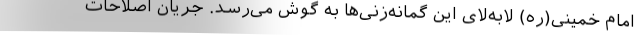
امام خمینی(ره) لابه‌لای این گمانه‌زنی‌ها به گوش می‌رسد. جریان اصلاحات